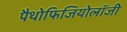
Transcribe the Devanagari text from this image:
पैथोफिजियोलॉजी